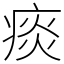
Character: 痰